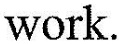
work.